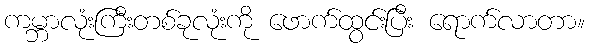
ကမ္ဘာလုံးကြီးတစ်ခုလုံးကို ဖောက်ထွင်းပြီး ရောက်လာတာ။